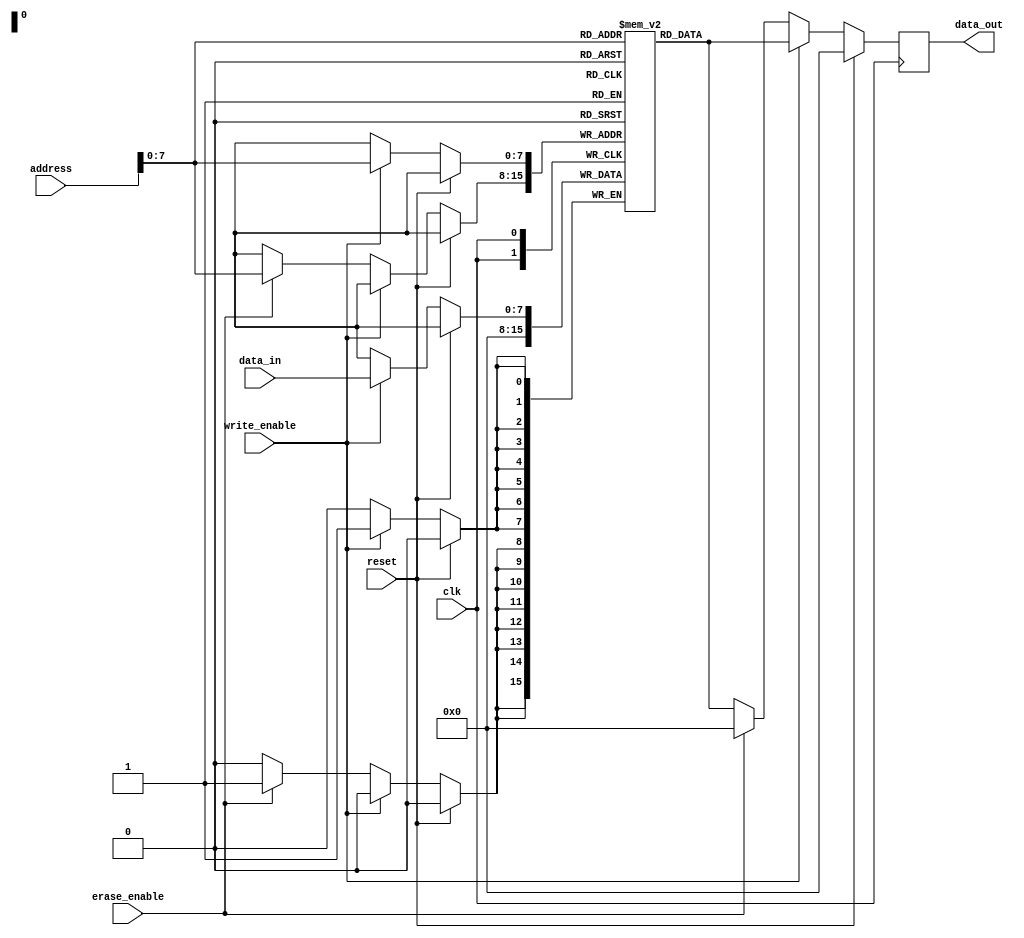
module memory_blocks_eeprom(
    input wire clk,
    input wire reset,
    input wire write_enable,
    input wire erase_enable,
    input wire [15:0] address,
    input wire [7:0] data_in,
    output reg [7:0] data_out
);

// Memory array composed of memory cells organized into rows and columns
reg [7:0] memory_array [0:255];

// Address decoding logic for selecting specific memory locations within the array
reg [7:0] selected_data;

always @ (posedge clk) begin
    if (reset) begin
        selected_data <= 8'h00;
    end else if (write_enable) begin
        memory_array[address] <= data_in;
        selected_data <= memory_array[address];
    end else if (erase_enable) begin
        memory_array[address] <= 8'h00;
        selected_data <= 8'h00;
    end else begin
        selected_data <= memory_array[address];
    end
end

// Output the selected data
assign data_out = selected_data;

endmodule